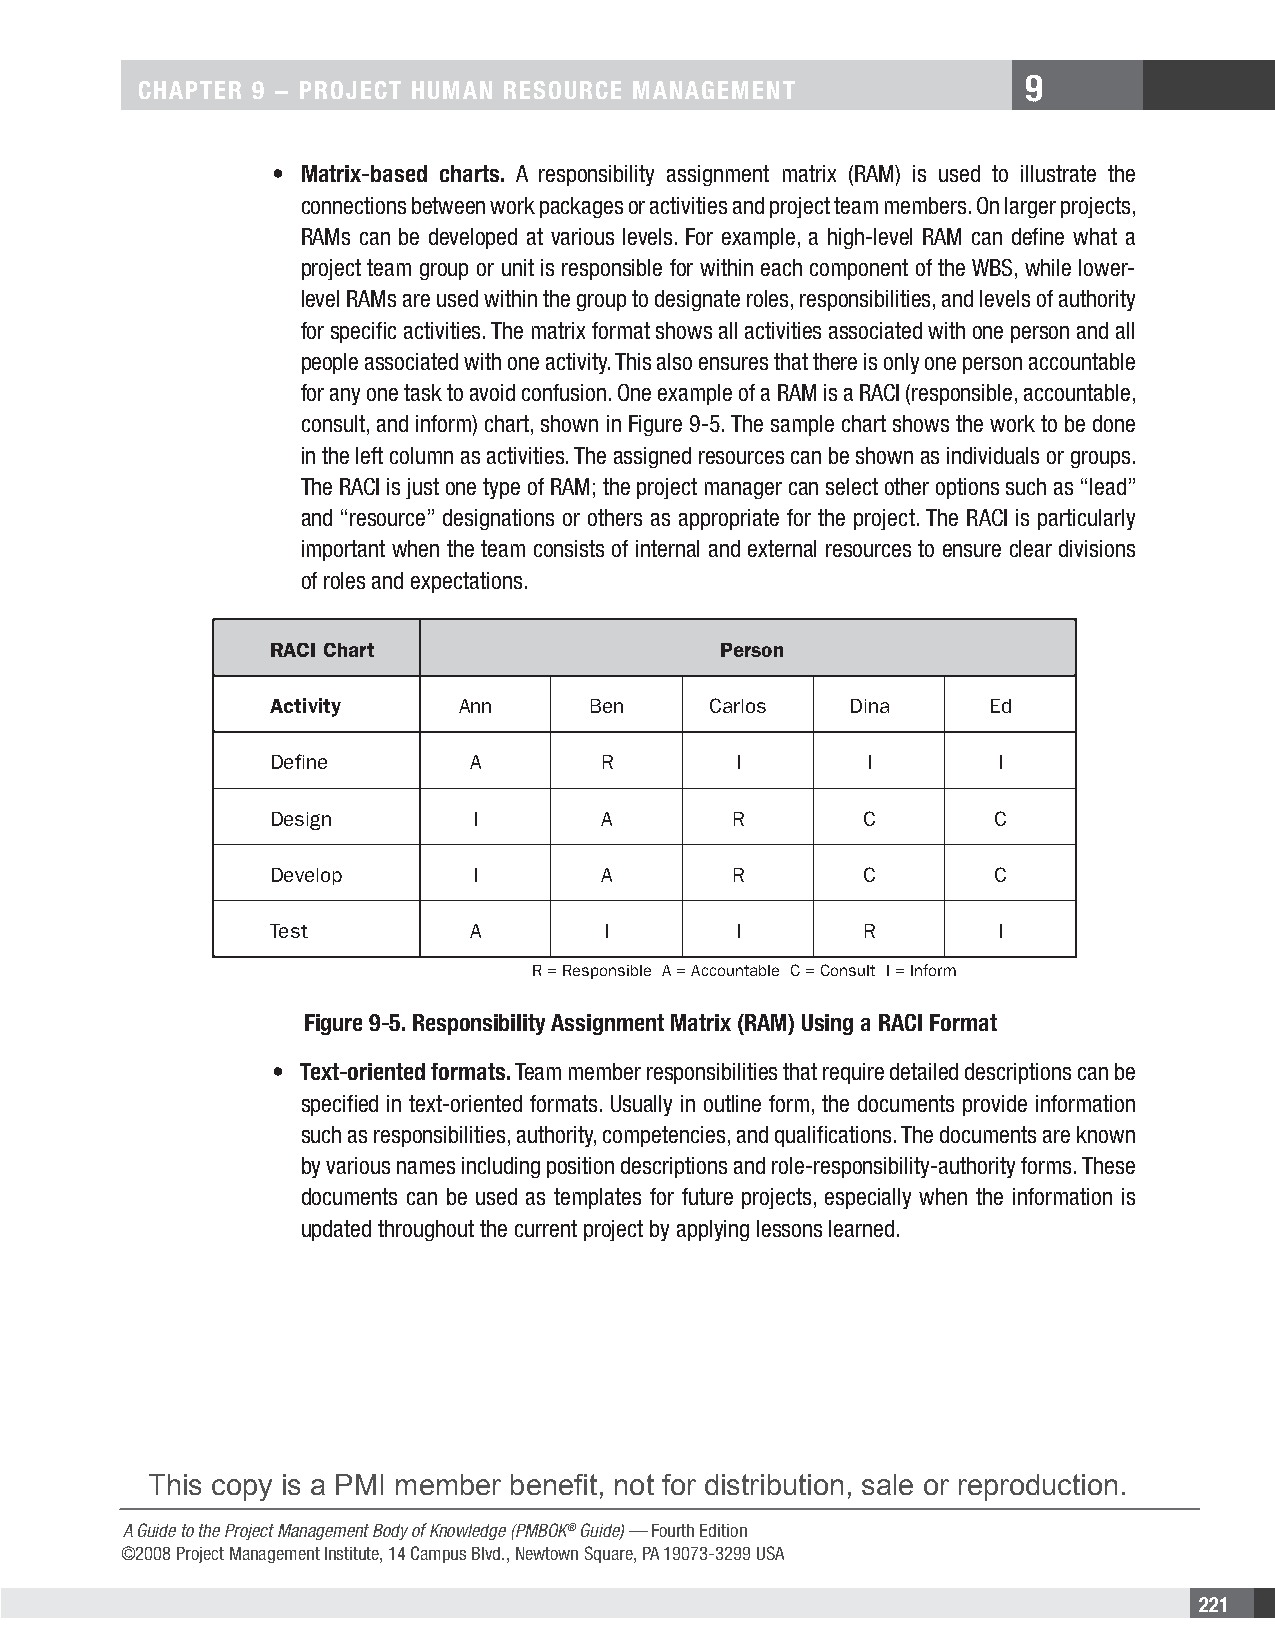
9
 CHAPTER 9 − PRojECT HuMAn REsouRCE MAnAgEMEnT
 • Matrix-based charts. A responsibility assignment matrix (RAM) is used to illustrate the
 connections between work packages or activities and project team members. On larger projects,
 RAMs can be developed at various levels. For example, a high-level RAM can define what a
 project team group or unit is responsible for within each component of the WBS, while lower-
 level RAMs are used within the group to designate roles, responsibilities, and levels of authority
 for specific activities. The matrix format shows all activities associated with one person and all
 people associated with one activity. This also ensures that there is only one person accountable
 for any one task to avoid confusion. One example of a RAM is a RACI (responsible, accountable,
 consult, and inform) chart, shown in Figure 9-5. The sample chart shows the work to be done
 in the left column as activities. The assigned resources can be shown as individuals or groups.
 The RACI is just one type of RAM; the project manager can select other options such as “lead”
 and “resource” designations or others as appropriate for the project. The RACI is particularly
 important when the team consists of internal and external resources to ensure clear divisions
 of roles and expectations.
 RACI Chart                    Person
 Activity     Ann     Ben     Carlos   Dina      Ed
 Define       A        R        I        I       I
 Design       I        A        R       C        C
 Develop      I        A        R       C        C
 Test         A        I        I       R        I
 R = Responsible A = Accountable C = Consult I = Inform
 Figure 9-5. Responsibility Assignment Matrix (RAM) using a RACI Format
 • Text-oriented formats. Team member responsibilities that require detailed descriptions can be
 specified in text-oriented formats. Usually in outline form, the documents provide information
 such as responsibilities, authority, competencies, and qualifications. The documents are known
 by various names including position descriptions and role-responsibility-authority forms. These
 documents can be used as templates for future projects, especially when the information is
 updated throughout the current project by applying lessons learned.
 This copy is a PMI member benefit, not for distribution, sale or reproduction.
 A Guide to the Project Management Body of Knowledge (PMBOK® Guide) — Fourth Edition
 ©2008 Project Management Institute, 14 Campus Blvd., Newtown Square, PA 19073-3299 USA
 221